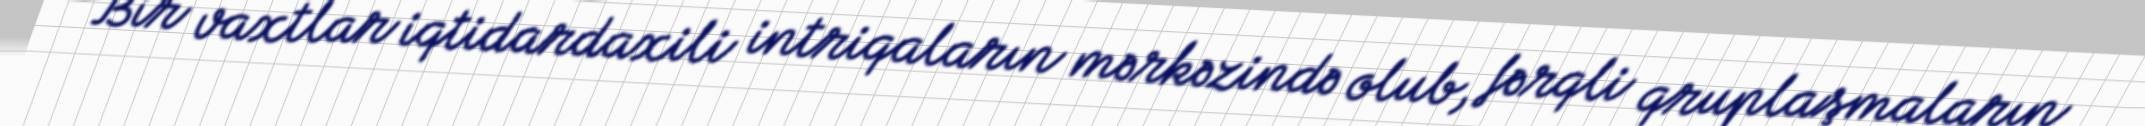
Bir vaxtlar iqtidardaxili intriqaların mərkəzində olub, fərqli qruplaşmaların